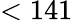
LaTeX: <141